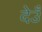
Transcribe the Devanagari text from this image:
देउँ